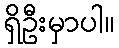
ရှိဦးမှာပါ။